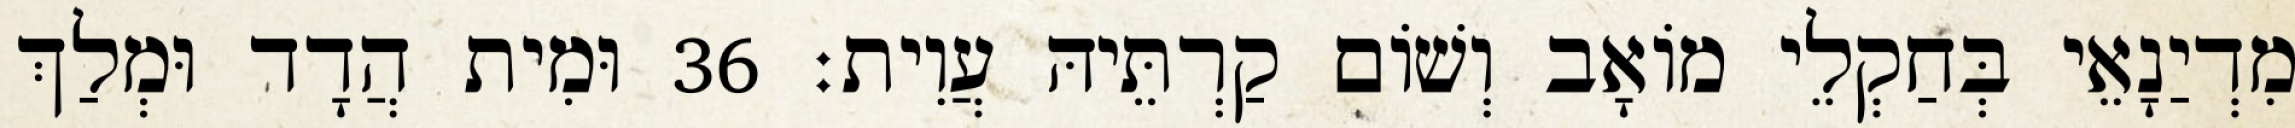
מִדְיַנָאֵי בְּחַקְלֵי מוֹאָב וְשׁוֹם קַרְתֵּיהּ עֲוִית׃ 36 וּמִית הֲדָד וּמְלַךְ